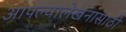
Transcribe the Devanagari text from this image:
आपल्यालेखनासाठी